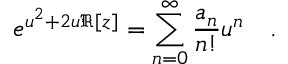
e ^ { u ^ { 2 } + 2 u \Re [ z ] } = \sum _ { n = 0 } ^ { \infty } \frac { a _ { n } } { n ! } u ^ { n } \quad .